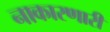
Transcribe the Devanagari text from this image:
नाकारणारी